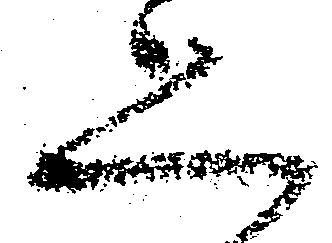
恐